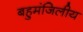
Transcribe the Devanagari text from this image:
बहुमंजिलीय